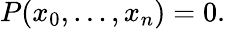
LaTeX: P(x_{0},\ldots,x_{n})=0.